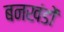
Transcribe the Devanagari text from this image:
बनखंडों